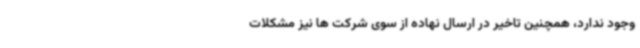
وجود ندارد، همچنین تاخیر در ارسال نهاده از سوی شرکت ها نیز مشکلات